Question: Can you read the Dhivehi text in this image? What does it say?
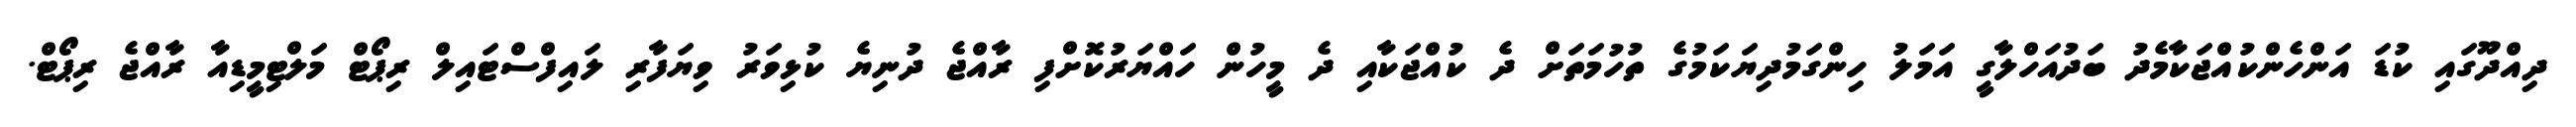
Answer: ދިއްދޫގައި ކުޑަ އަންހެންކުއްޖަކާމެދު ބަދުއަހްލާގީ އަމަލު ހިންގަމުދިޔަކަމުގެ ތުހުމަތަށް ދެ ކުއްޖަކާއި ދެ މީހުން ހައްޔަރުކޮށްފި ރާއްޖެ ދުނިޔެ ކުޅިވަރު ވިޔަފާރި ލައިފްސްޓައިލް ރިޕޯޓް މަލްޓިމީޑިއާ ރާއްޖެ ރިޕޯޓް.